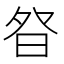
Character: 𭼿